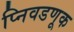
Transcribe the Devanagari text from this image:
प्निवडणूक